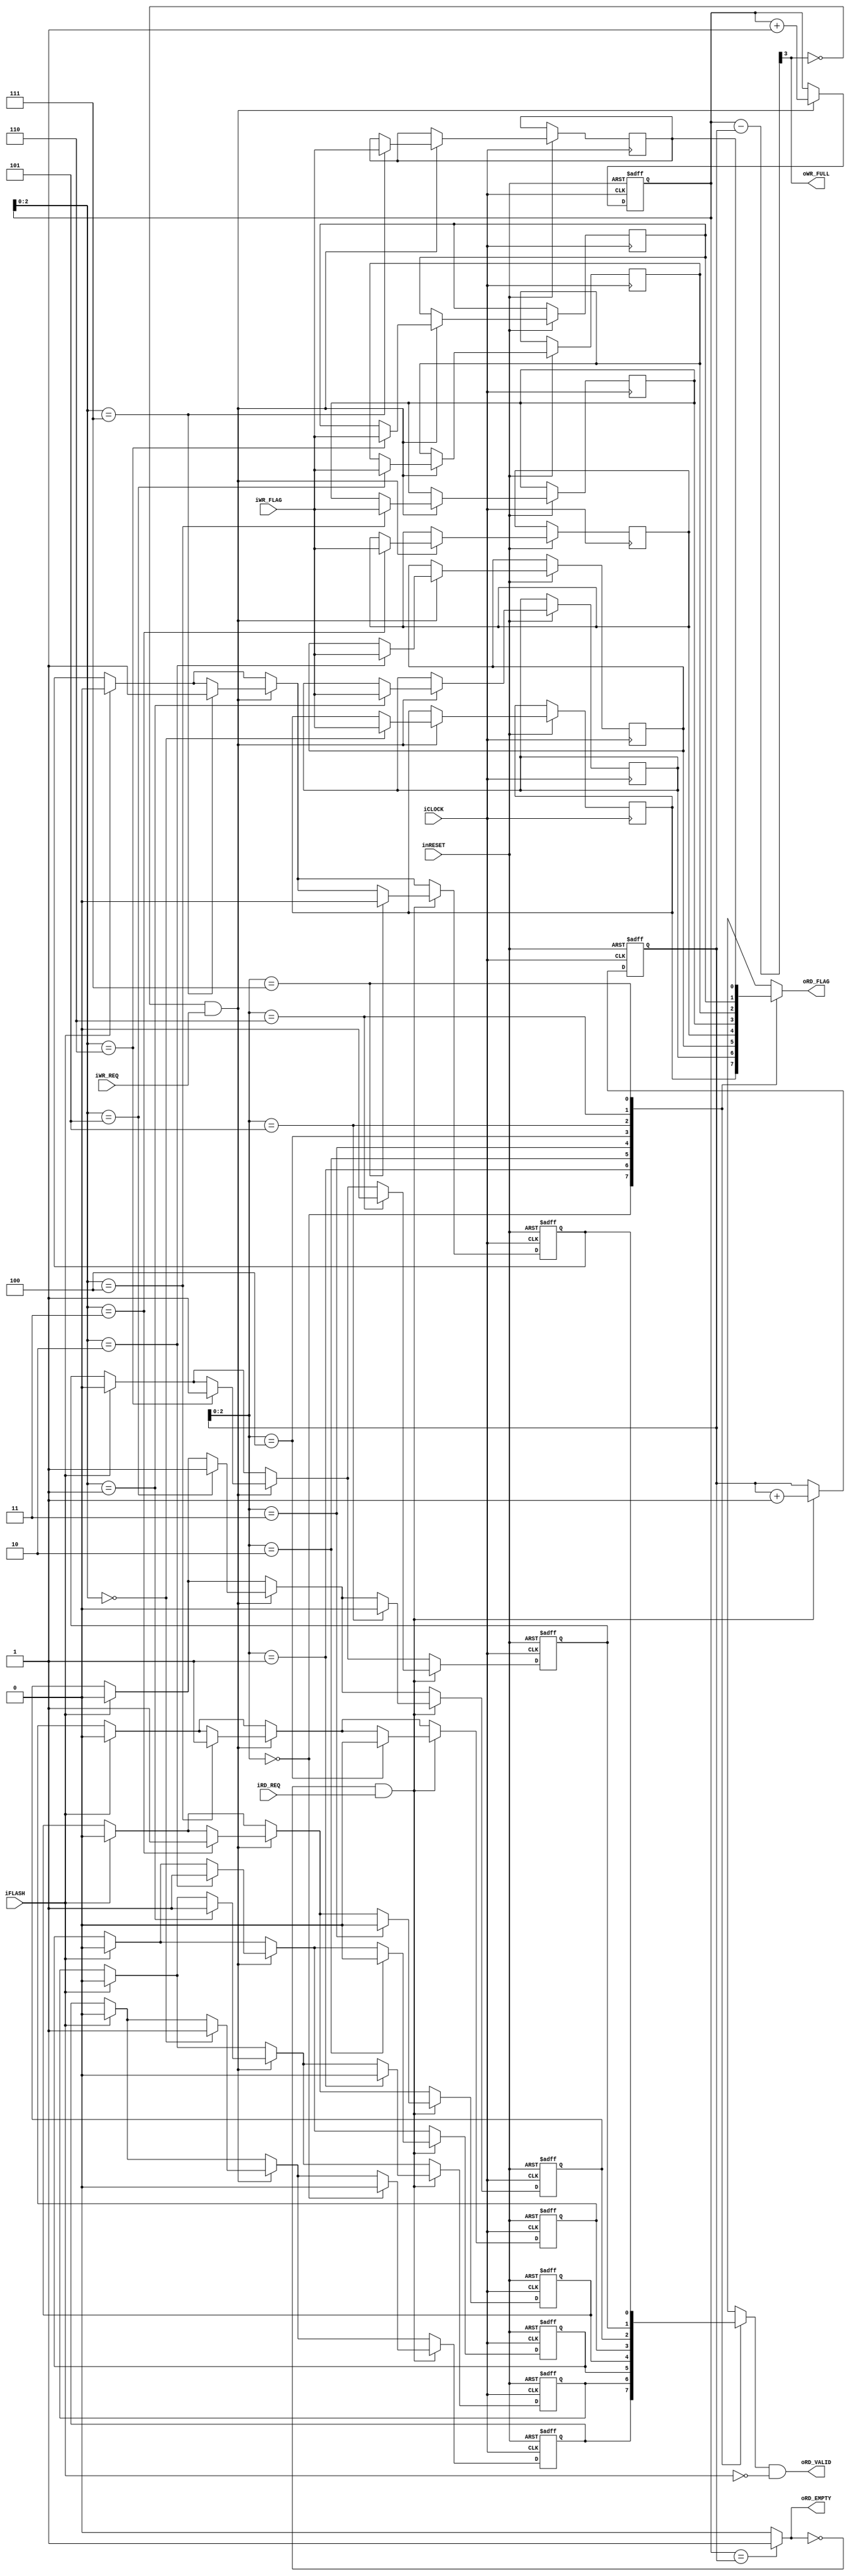
module mist1032sa_arbiter_matching_queue #(
		parameter D = 8,
		parameter DN = 3,
		parameter FN = 1	
	)(
		input wire iCLOCK,
		input wire inRESET,
		input wire iFLASH,
		input wire iWR_REQ,
		input wire [FN-1:0] iWR_FLAG,
		output wire oWR_FULL,
		input wire iRD_REQ,
		output wire oRD_VALID,
		output wire [FN-1:0] oRD_FLAG,
		output wire oRD_EMPTY
	);
	wire full_flag;
	wire empty_flag;
	wire [DN:0] count;
	reg [DN:0] wr_counter;
	reg [DN:0] rd_counter;
	reg queue_valid[0:D-1];
	reg [FN-1:0] queue_type[0:D-1];
	integer i;
	assign full_flag = count[DN];
	assign empty_flag = (wr_counter == rd_counter)? 1'b1 : 1'b0;
	assign count = wr_counter - rd_counter;
	always@(posedge iCLOCK or negedge inRESET)begin
		if(!inRESET)begin
			wr_counter <= {DN+1{1'b0}};
			rd_counter <= {DN+1{1'b0}};
			for(i = 0; i < D; i = i + 1)begin
				queue_valid[i] <= 1'b0;
			end
		end
		else begin
			if(iFLASH)begin
				for(i = 0; i < D; i = i + 1)begin
					queue_valid[i] <= 1'b0;
				end
			end
			if(!full_flag && iWR_REQ)begin
				wr_counter <= wr_counter + {{DN{1'b0}}, 1'b1};
				queue_valid[wr_counter[DN-1:0]] <= 1'b1;
				queue_type[wr_counter[DN-1:0]] <= iWR_FLAG;
			end
			if(!empty_flag && iRD_REQ)begin
				rd_counter <= rd_counter + {{DN{1'b0}}, 1'b1};
				queue_valid[rd_counter[DN-1:0]] <= 1'b0;
			end
		end
	end
	assign oWR_FULL = full_flag;
	assign oRD_VALID = queue_valid[rd_counter[DN-1:0]] && !iFLASH;
	assign oRD_FLAG = queue_type[rd_counter[DN-1:0]];
	assign oRD_EMPTY = empty_flag;
endmodule